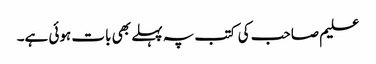
علیم صاحب کی کتب پہ پہلے بھی بات ہوئی ہے۔